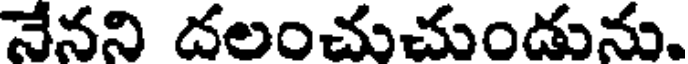
నేనని దలంచుచుండును.